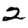
Digit: 2